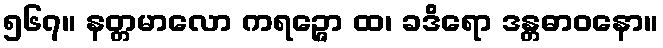
၅၆၇။ နတ္တမာလော ကရဉ္ဇော ထ၊ ခဒိရော ဒန္တဓာဝနော။